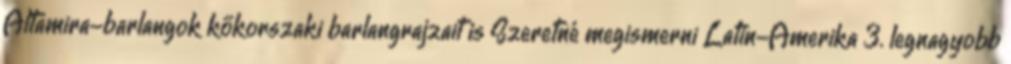
Altamira-barlangok kőkorszaki barlangrajzait is Szeretné megismerni Latin-Amerika 3. legnagyobb